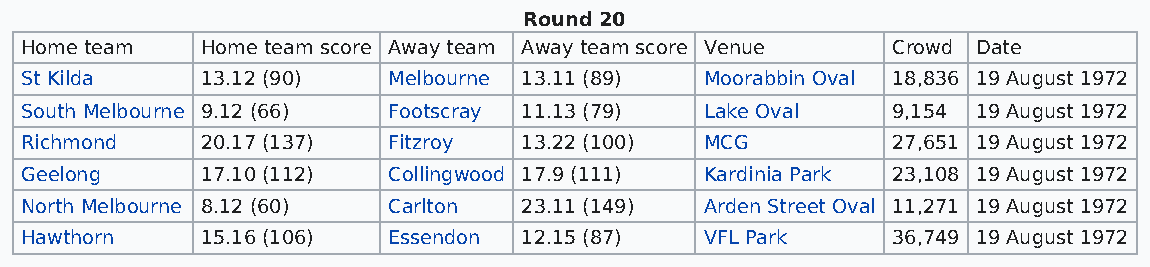
Round 20
 Home team   Home team score Away team Away team score Venue Crowd Date
 St Kilda    13.12 (90)   Melbourne 13.11 (89) Moorabbin Oval 18,836 19 August 1972
 South Melbourne 9.12 (66) Footscray 11.13 (79) Lake Oval  9,154 19 August 1972
 Richmond    20.17 (137)  Fitzroy  13.22 (100) MCG         27,651 19 August 1972
 Geelong     17.10 (112)  Collingwood 17.9 (111) Kardinia Park 23,108 19 August 1972
 North Melbourne 8.12 (60) Carlton 23.11 (149) Arden Street Oval 11,271 19 August 1972
 Hawthorn    15.16 (106)  Essendon 12.15 (87)  VFL Park    36,749 19 August 1972